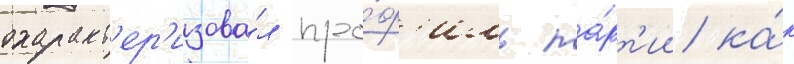
охаракт'ер'изова́л про́ф'иль па́рт'ии ка́к